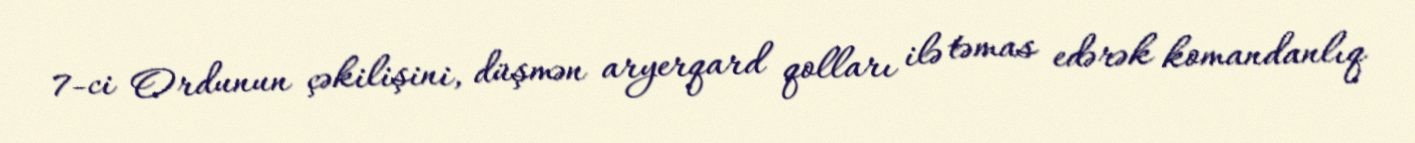
7-ci Ordunun çəkilişini, düşmən aryerqard qolları ilə təmas edərək komandanlıq